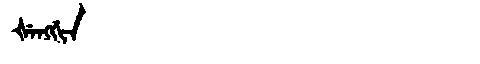
Manchu: ᡧᡝᠩᡤᡳᠨ
Romanization: ŠENGGIN